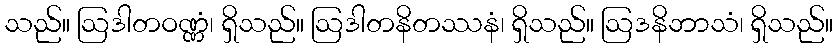
သည်။ ဩဒါတဝဏ္ဏံ၊ ရှိသည်။ ဩဒါတနိတဿနံ၊ ရှိသည်။ ဩဒနိဘာသံ၊ ရှိသည်။